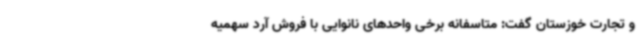
و تجارت خوزستان گفت: متاسفانه برخی واحدهای نانوایی با فروش آرد سهمیه